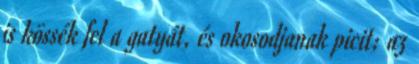
is kössék fel a gatyát, és okosodjanak picit; az